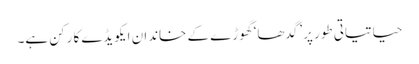
حیاتیاتی طور پر ’گدھا‘ گھوڑے کے خاندان ایکویڈے کا رکن ہے۔